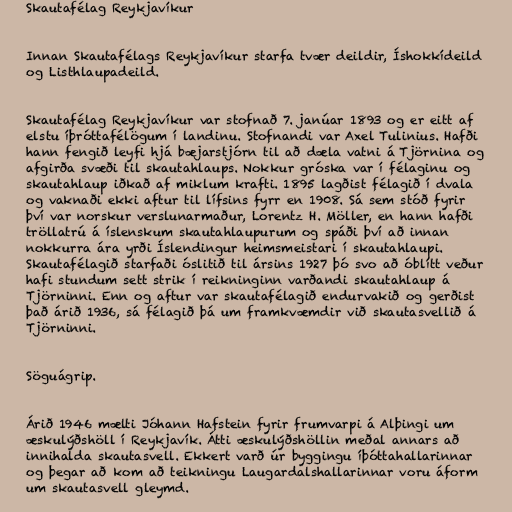
Skautafélag Reykjavíkur

Innan Skautafélags Reykjavíkur starfa tvær deildir, Íshokkídeild
og Listhlaupadeild.

Skautafélag Reykjavíkur var stofnað 7. janúar 1893 og er eitt af
elstu íþróttafélögum í landinu. Stofnandi var Axel Tulinius. Hafði
hann fengið leyfi hjá bæjarstjórn til að dæla vatni á Tjörnina og
afgirða svæði til skautahlaups. Nokkur gróska var í félaginu og
skautahlaup iðkað af miklum krafti. 1895 lagðist félagið í dvala
og vaknaði ekki aftur til lífsins fyrr en 1908. Sá sem stóð fyrir
því var norskur verslunarmaður, Lorentz H. Möller, en hann hafði
tröllatrú á íslenskum skautahlaupurum og spáði því að innan
nokkurra ára yrði Íslendingur heimsmeistari í skautahlaupi.
Skautafélagið starfaði óslitið til ársins 1927 þó svo að óblítt veður
hafi stundum sett strik í reikninginn varðandi skautahlaup á
Tjörninni. Enn og aftur var skautafélagið endurvakið og gerðist
það árið 1936, sá félagið þá um framkvæmdir við skautasvellið á
Tjörninni.

Söguágrip.

Árið 1946 mælti Jóhann Hafstein fyrir frumvarpi á Alþingi um
æskulýðshöll í Reykjavík. Átti æskulýðshöllin meðal annars að
innihalda skautasvell. Ekkert varð úr byggingu íþóttahallarinnar
og þegar að kom að teikningu Laugardalshallarinnar voru áform
um skautasvell gleymd.